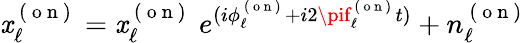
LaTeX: \mathit{x}_{\ell}^{\mathrm{{~(~o~n~)~}}}=\mathit{x}_{\ell}^{\mathrm{{~(~o~n~)~}}}\ e^{(i\phi_{\ell}^{\mathrm{{~(~o~n~)~}}}+i2\pif_{\ell}^{\mathrm{{~(~o~n~)~}}}t)}+n_{\ell}^{\mathrm{{~(~o~n~)~}}}